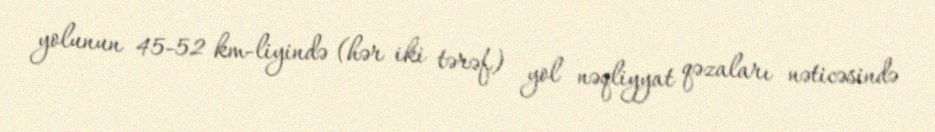
yolunun 45-52 km-liyində (hər iki tərəf) yol nəqliyyat qəzaları nəticəsində